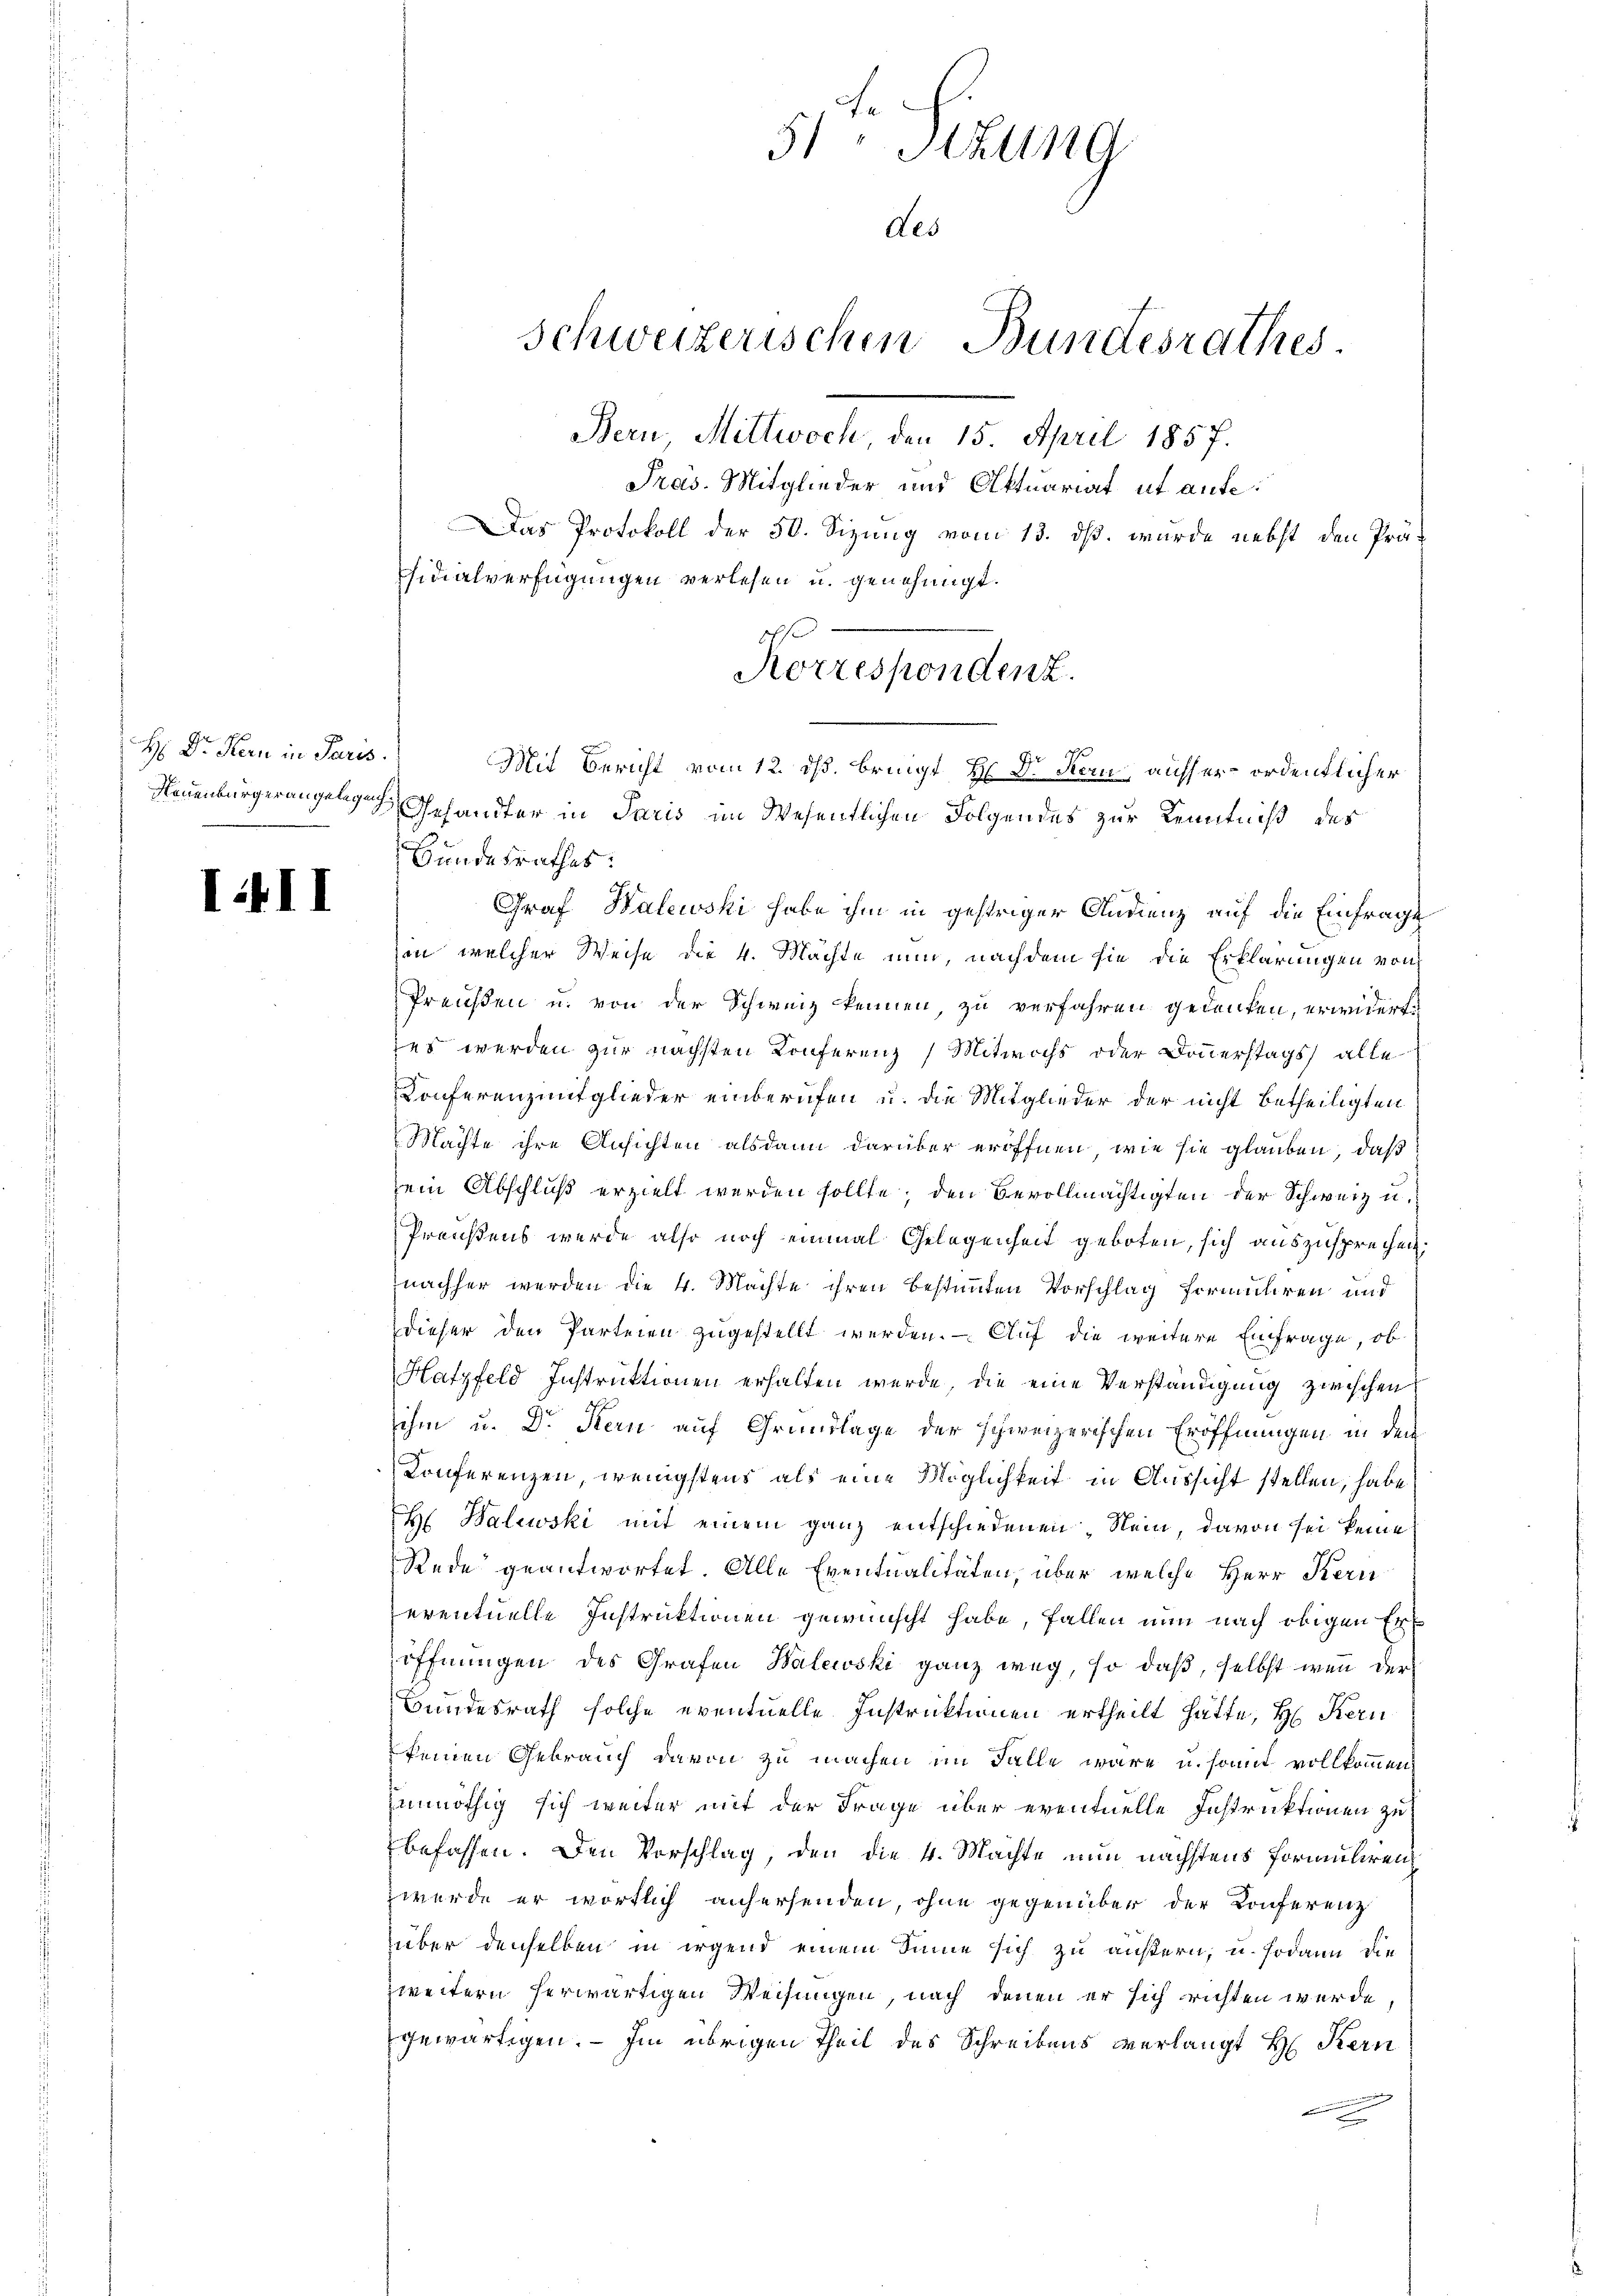
H Dr. Kern in Paris.

III

Pras. Mitglieder und Aktuariat ut aufe¬
Das Protokoll der 50. Sizung vom 13. ds. wurde nebst den Prä-
sidialverfügungen verlesen u. genehmigt.
Mit Bericht vom 12. ds. bringt Hr. Dr. Stau, ausserordentlicher
Neuenburgerungelege Gesandter in Paris im Wesentlichen Folgendes zur Kenntniß des
Bundesrathes:
Graf Halewski habe ihm in gestriger Andrenz auf die Einfrage
in welcher Weise die 4. Mächte nun, nachdem sie die Erklärungen von
Preußen u. von der Schweiz kennen, zu verfahren gedanken, erwiderte
zet werden zur nächsten Konferenz Mitwochs oder Donnerstags alle
Konferenzmitglieder einberufen u. die Mitglieder der nicht betheiligten
Machte ihre Ansichten alsdann darüber eröffnen, wie sie glauben, daß
sein Abschluß erzielt werden sollte; den Bevollmächtigten der Schweiz u.
Preußens werde also noch einmal Gelegenheit geboten, sich auszusprechen;
nachher werden die 4. Machte ihren bestimmten Vorschlag formuliren und
dieser den Parteien zugestellt werden. — Auf die weitere Einfrage, ob
Hatzfeld Instruktionen erhalten werde, die eine Verständigung zwischen
ihm u. Dr Kern auf Grundlage der schweizerischen Eröffnungen in dem
Konferenzen, wenigstens als eine Möglichkeit in Aussicht stellen, habe
H. Balewski mit einem ganz entschiedenen, Nein, davon sei keine
Rede geantwortet. Alle Eventualitäten, über welche Herr Kern
eventuelle Instruktionen gewünscht habe, fallen nun nach obigen Eröffnungen des Grafen Balewski ganz weg, so daß, selbst wenn der
Bundesrath solche eventuelle Instruktionen ertheilt hätte, H. Kern
keinen Gebrauch davon zu machen im Falle wäre u. somit vollkommend
hunnöthig sich weiter mit der Frage über eventuelle Instruktionen zu
befassen. Den Vorschlag, den die 4. Machte nun nächstens Formulirenzwerde er wörtlich anhersenden, ohne gegenüber der Konferenz
über denselben in irgend einem Sinne sich zu äußern, u. sodann die
zweitern herwärtigen Weisungen, nach denen er sich richten werde
gewärtigen. — Im übrigen Theil des Schreibens verlangt H: Stern
nnung
e

51 Sizung
Schweizerischen Bundesrathes.
Bern, Mittwoch, den 15. April 1857.

des

s
Korrespondenz.

1